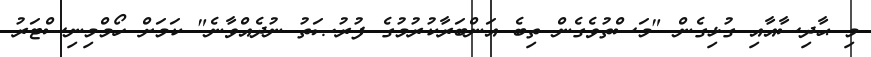
މި ޙާދިސާއާއި ގުޅިގެން "މަސްތުވެގެން ތިބެ އަންބަރާކުރުމުގެ ފުރުޞަތު ނުދެއްވާނެ" ކަމަށް ހޯމްމިނިސްޓަރު